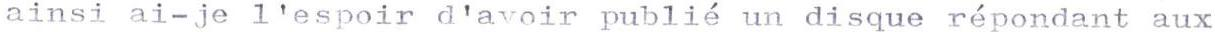
ainsi ai-je l'espoir d'avoir publié un disque répondant aux